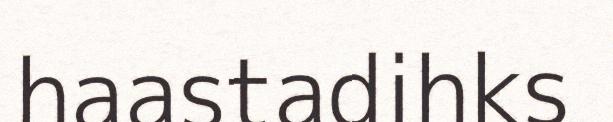
haastadihks